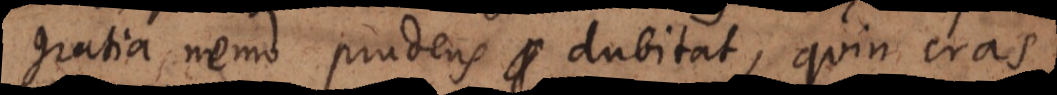
gratia nemo prudens dubitat, quin cras